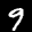
Label: 9